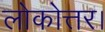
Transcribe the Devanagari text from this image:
लोकोत्तर।